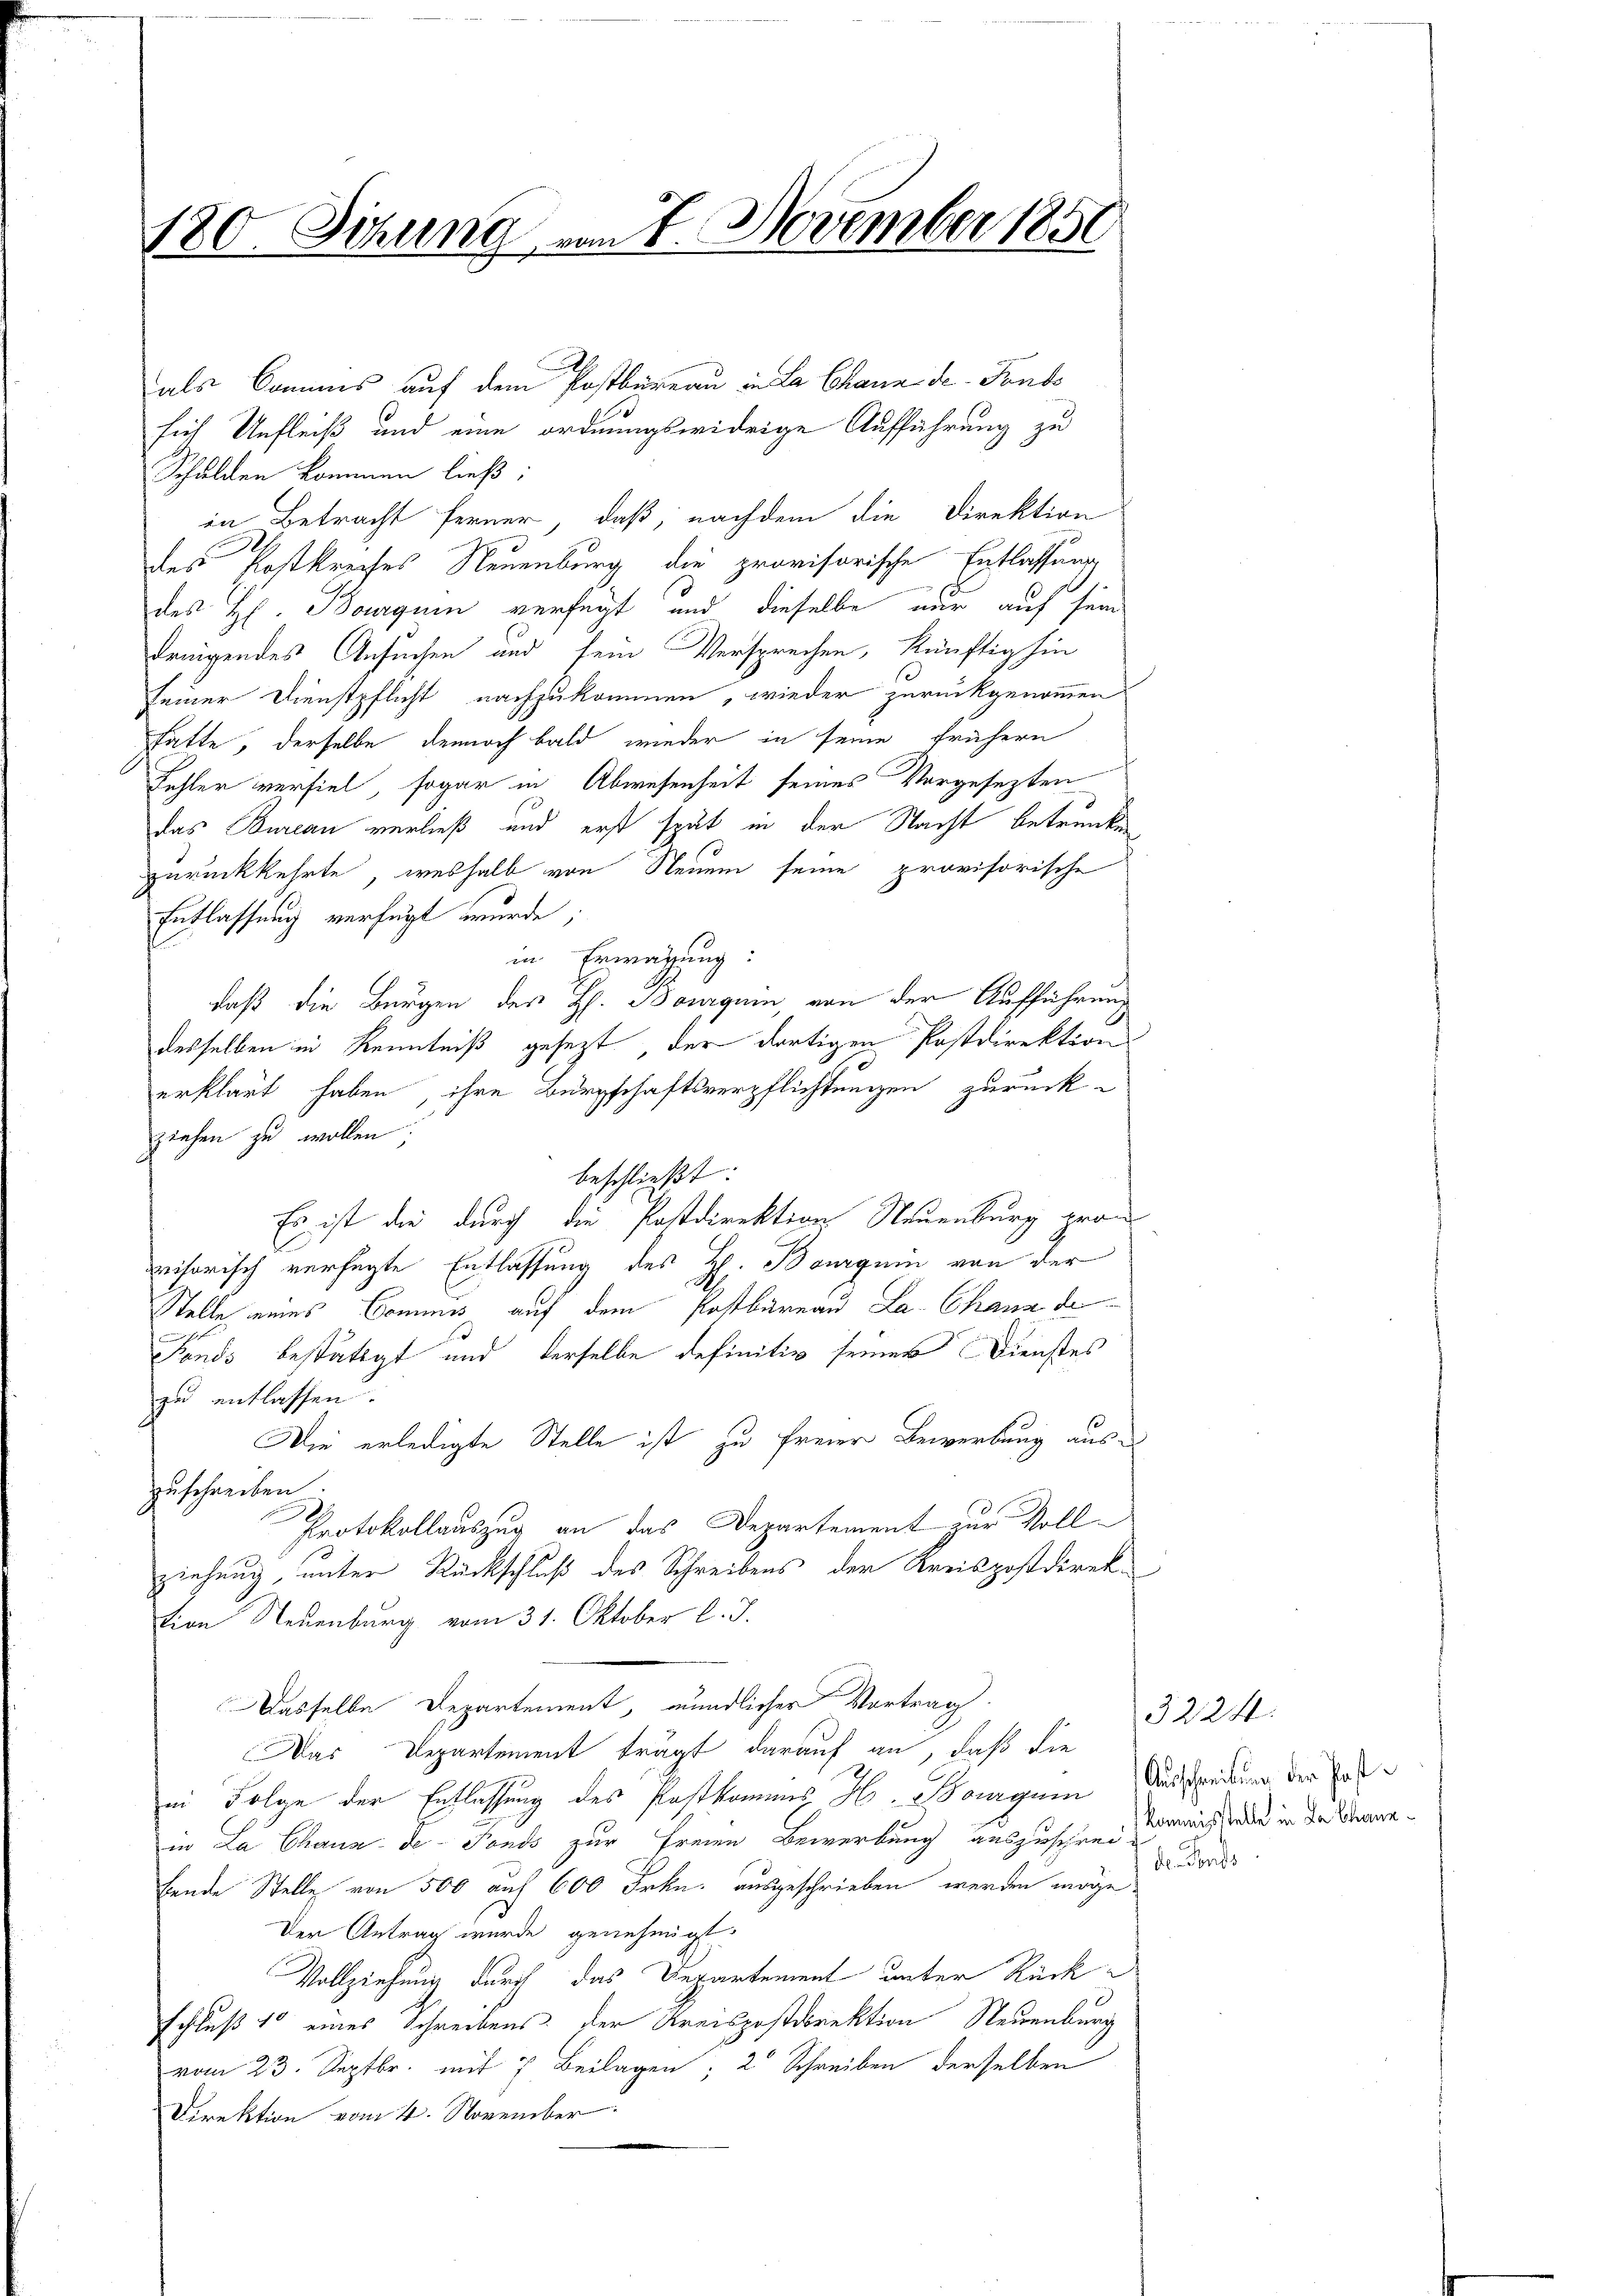
180. Sitzung vom 7. November 1850

als Commis auf dem Postbüreau in La Chann de Ponto
sich Unfleiß und eine ordnungswidrige Aufführung zu
Schulden kommen ließ;
in Betracht ferner, daß, nachdem die Direktion
des Postkreches Neuenburg die provisorische Entlassung
een einge
des H. Bourgum verfügt und dieselbe nur auf sein
dringendes Ansuchen und sein Versprechen, künftighin
seiner Dienstpflicht nachzukommen, wieder zurückgenommen
hatte, derselbe dennoch bald wieder in seine frühern
Fehler verfiel, sogar in Abwesenheit seines Vorgesezten
das Bureau verließ und erst spät in der Nacht betrunken
zurückkehrte, weshalb von Neuem seine provisorische
Entlassung verfügt wurde;
in Erwägung:
daß die Bürgen des H. Boguin, von der Aufführung
desselben in Kenntniß gesezt, der dortigen Postdirektion
erklärt haben, ihre Bürgschaftsverpflichtungen zurückziehen zu wollen;
beschließt:
Es ist die durch die Postdirektion Neuenburg provisorisch verfügte Entlassung des H. Bourgnin von der
Stelle eines Commis auf dem Postbüreau La Chana de
Fonds bestattet und derselbe definitiv seiner Dienstes
zu entlassen.
Die erledigte Stelle ist zu freier Bewerbung auszuschreiben
Protokollauszug an das Departement zur Vollziehung, unter Rückschluß des Schreibens der Kreispostdirektion Neuenburg vom 31. Oktober l. J.
Dasselbe Departement, mündlicher Vortrag
Das Departement trägt darauf an, daß die
in Folge der Entlassung des Postkommes H. Bougnen Ausscheidung der Entin La Chaux de Fonds zur Freien Bewerbung auszuschren Deines siebe in der Stanbende Stelle von 500 auf 600 Frkn. ausgeschrieben werden mögen d dor
Der Antrag wurde genehmigt.
Vollziehung durch das Departement unter Rückschluß 1 eines Schreibens der Kreispostdirektion Neuenburg
vom 23. Septbr. mit 7 Beilagen, 2 Schreiben derselben
Direktion vom 4. November

3224.